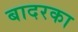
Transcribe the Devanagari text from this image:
बादरका